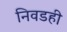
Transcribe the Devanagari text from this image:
निवडही